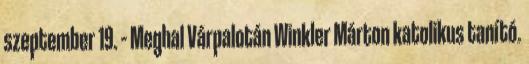
szeptember 19. – Meghal Várpalotán Winkler Márton katolikus tanító.